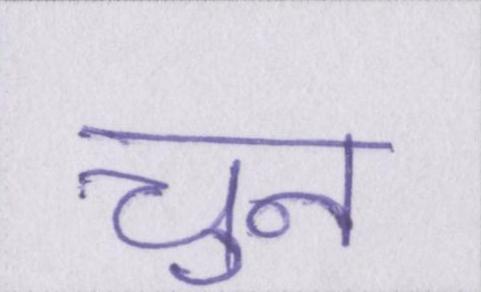
चुन